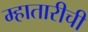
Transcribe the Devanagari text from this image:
म्हातारीची